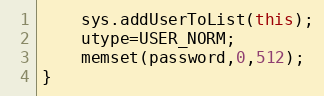
Language: C++
	sys.addUserToList(this);
	utype=USER_NORM;
	memset(password,0,512);
}